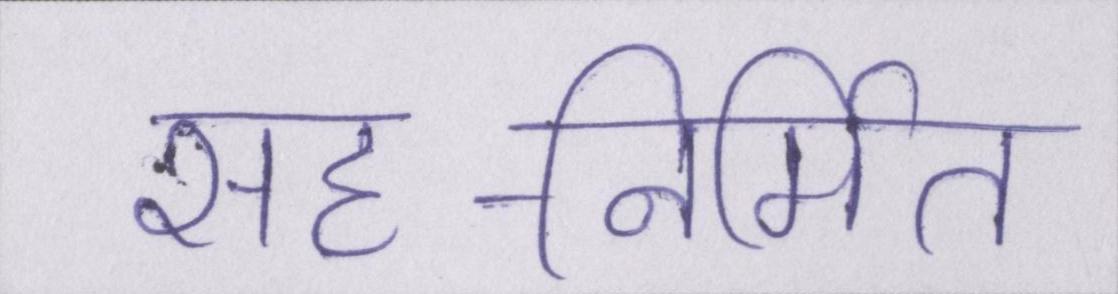
सह-निर्मित